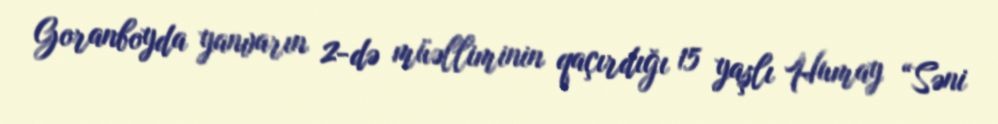
Goranboyda yanvarın 2-də müəlliminin qaçırdığı 15 yaşlı Humay “Səni